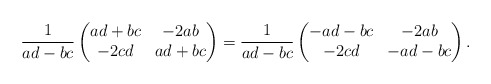
\begin{align*}\frac{1}{ad-bc}\begin{pmatrix}ad+bc & -2ab \\-2cd & ad+bc\end{pmatrix}=\frac{1}{ad-bc}\begin{pmatrix}-ad-bc & -2ab \\-2cd & -ad-bc\end{pmatrix}.\end{align*}